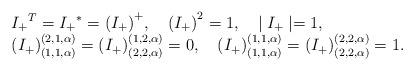
LaTeX: \begin{align*}\begin{array}{l}{I_{+}}^{T}={I_{+}}^{*}={(I_{+})}^{+}, \quad {(I_{+})}^{2}=1, \quad\mid I_{+}\mid=1, \\({I_{+}})^{(2,1,\alpha)}_{(1,1,\alpha)} =({I_{+}})^{(1,2,\alpha)}_{(2,2,\alpha)}=0, \quad({I_{+}})^{(1,1,\alpha)}_{(1,1,\alpha)} =({I_{+}})^{(2,2,\alpha)}_{(2,2,\alpha)}=1.\end{array}\end{align*}